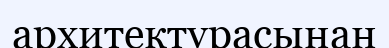
архитектурасынан